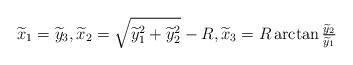
LaTeX: \begin{align*}\widetilde x_1=\widetilde y_3,\widetilde x_2=\sqrt{\widetilde y_1^2+\widetilde y_2^2} -R,\widetilde x_3= R\arctan \tfrac{\widetilde y_2}{\widetilde y_1}\end{align*}